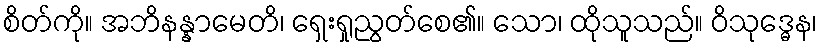
စိတ်ကို။ အဘိနန္နာမေတိ၊ ရှေးရှုညွတ်စေ၏။ သော၊ ထိုသူသည်။ ဝိသုဒ္ဓေန၊